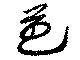
芭